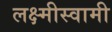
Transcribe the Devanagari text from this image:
लक्ष्मीस्वामी